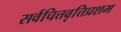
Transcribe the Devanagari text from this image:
सर्वचित्तवृत्तिप्रशम